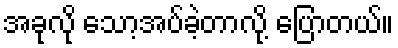
အခုလို သော့အပ်ခဲ့တာလို့ ပြောတယ်။